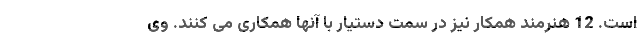
است. 12 هنرمند همکار نیز در سمت دستیار با آنها همکاری می کنند. وی